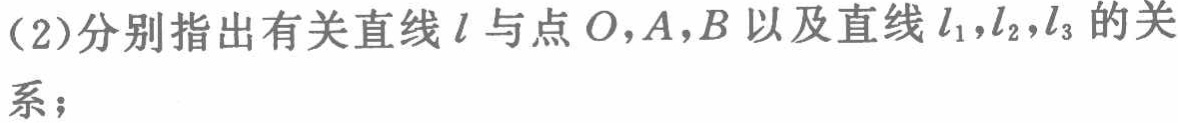
(2)分别指出有关直线\(l\)与点\(O,A,B\)以及直线\(l_{1},l_{2},l_{3}\)的关系；